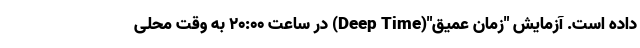
داده است. آزمایش "زمان عمیق"(Deep Time) در ساعت ۲۰:۰۰ به وقت محلی